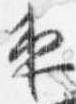
夜